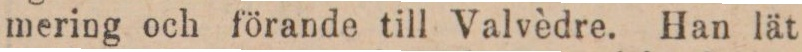
mering och förande till Valvèdre. Han lät